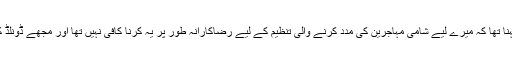
میری ٹرمپ کا کہنا تھا کہ میرے لیے شامی مہاجرین کی مدد کرنے والی تنظیم کے لیے رضاکارانہ طور پر یہ کرنا کافی نہیں تھا اور مجھے ڈونلڈ کو نیچا دکھانا پڑا۔